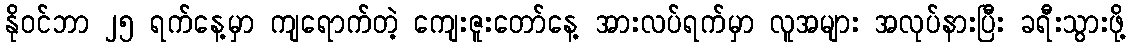
နိုဝင်ဘာ ၂၅ ရက်နေ့မှာ ကျရောက်တဲ့ ကျေးဇူးတော်နေ့ အားလပ်ရက်မှာ လူအများ အလုပ်နားပြီး ခရီးသွားဖို့